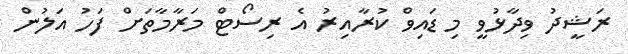
ރަޝީދު ވިދާޅުވީ މި ޑައިވް ކުރާއިރު އެ ރިސޯޓް މަރާމާތަށް ފަހު އަލުން